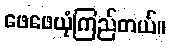
ဖေဖေယုံကြည်တယ်။